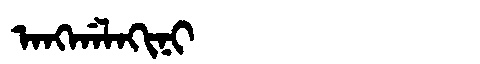
Manchu: ᠠᠩᡤᠠᠯᠠᡴᡳᠨᡳ
Romanization: ANGGALAKINI